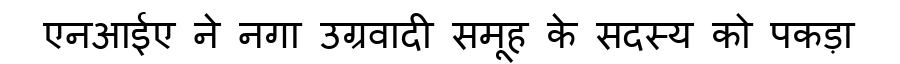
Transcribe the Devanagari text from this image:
एनआईए ने नगा उग्रवादी समूह के सदस्य को पकड़ा